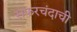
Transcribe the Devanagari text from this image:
सफरचंदाची